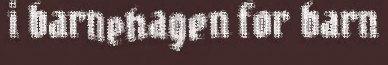
i barnehagen for barn